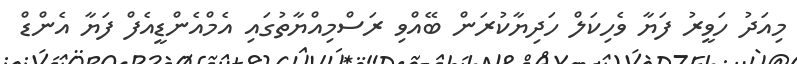
މިއަދު ހަވީރު ފަޔާ ވެހިކަލް ހަދިޔާކުރަން ބޭއްވި ރަސްމިއްޔާތުގައި އެމްއެންޑީއެފް ފަޔާ އެންޑް